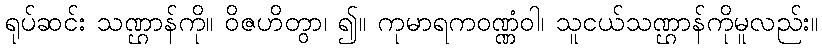
ရုပ်ဆင်း သဏ္ဌာန်ကို။ ဝိဇဟိတွာ၊ ၍။ ကုမာရကဝဏ္ဏံဝါ၊ သူငယ်သဏ္ဌာန်ကိုမူလည်း။